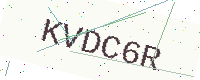
Text: KVDC6R